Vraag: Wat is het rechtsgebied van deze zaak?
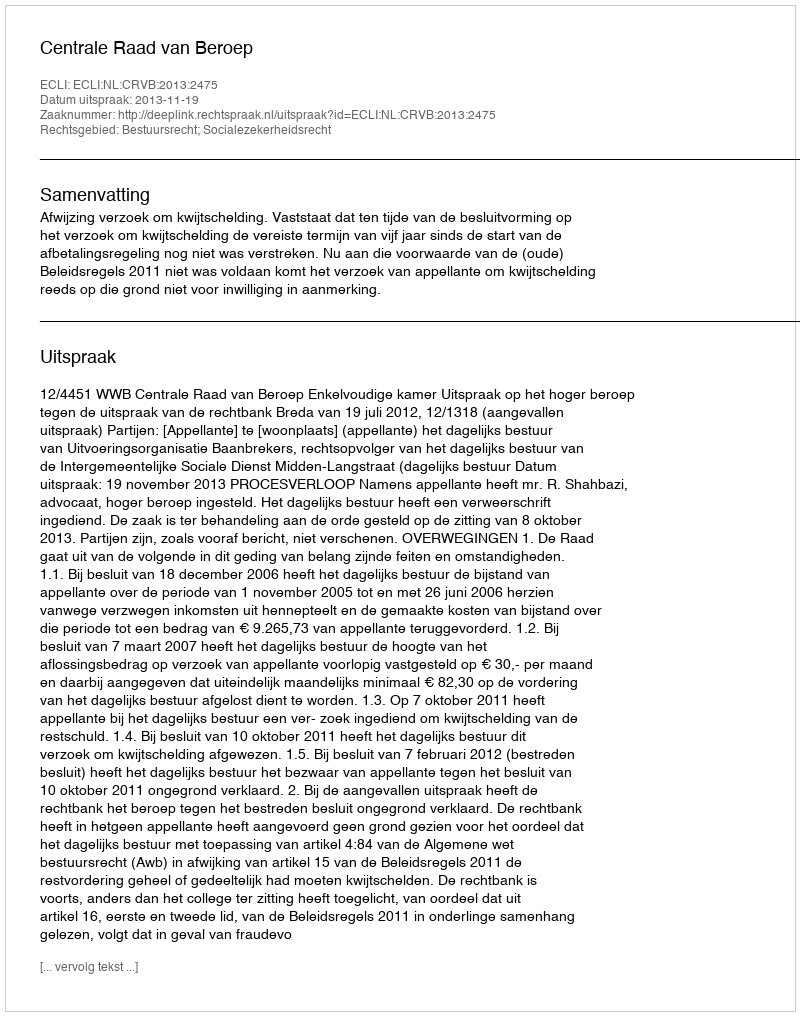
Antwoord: Bestuursrecht; Socialezekerheidsrecht